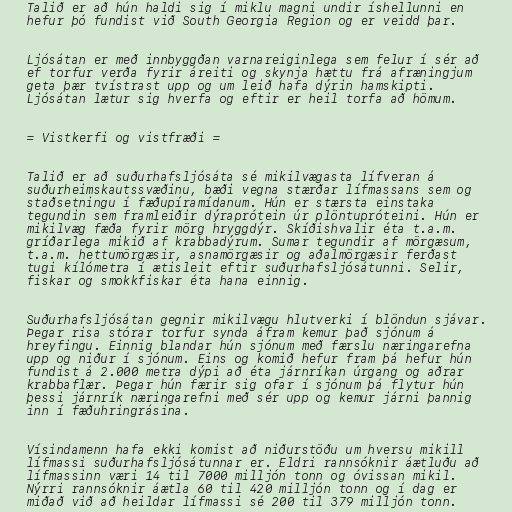
Talið er að hún haldi sig í miklu magni undir íshellunni en
hefur þó fundist við South Georgia Region og er veidd þar.

Ljósátan er með innbyggðan varnareiginlega sem felur í sér að
ef torfur verða fyrir áreiti og skynja hættu frá afræningjum
geta þær tvístrast upp og um leið hafa dýrin hamskipti.
Ljósátan lætur sig hverfa og eftir er heil torfa að hömum.

= Vistkerfi og vistfræði =

Talið er að suðurhafsljósáta sé mikilvægasta lífveran á
suðurheimskautssvæðinu, bæði vegna stærðar lífmassans sem og
staðsetningu í fæðupíramídanum. Hún er stærsta einstaka
tegundin sem framleiðir dýraprótein úr plöntupróteini. Hún er
mikilvæg fæða fyrir mörg hryggdýr. Skíðishvalir éta t.a.m.
gríðarlega mikið af krabbadýrum. Sumar tegundir af mörgæsum,
t.a.m. hettumörgæsir, asnamörgæsir og aðalmörgæsir ferðast
tugi kílómetra í ætisleit eftir suðurhafsljósátunni. Selir,
fiskar og smokkfiskar éta hana einnig.

Suðurhafsljósátan gegnir mikilvægu hlutverki í blöndun sjávar.
Þegar risa stórar torfur synda áfram kemur það sjónum á
hreyfingu. Einnig blandar hún sjónum með færslu næringarefna
upp og niður í sjónum. Eins og komið hefur fram þá hefur hún
fundist á 2.000 metra dýpi að éta járnríkan úrgang og aðrar
krabbaflær. Þegar hún færir sig ofar í sjónum þá flytur hún
þessi járnrík næringarefni með sér upp og kemur járni þannig
inn í fæðuhringrásina.

Vísindamenn hafa ekki komist að niðurstöðu um hversu mikill
lífmassi suðurhafsljósátunnar er. Eldri rannsóknir áætluðu að
lífmassinn væri 14 til 7000 milljón tonn og óvissan mikil.
Nýrri rannsóknir áætla 60 til 420 milljón tonn og í dag er
miðað við að heildar lífmassi sé 200 til 379 milljón tonn.